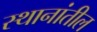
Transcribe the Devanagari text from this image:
स्थानांतील